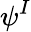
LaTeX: \psi^{I}